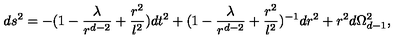
d s ^ { 2 } = - ( 1 - { \frac { \lambda } { r ^ { d - 2 } } } + { \frac { r ^ { 2 } } { l ^ { 2 } } } ) d t ^ { 2 } + ( 1 - { \frac { \lambda } { r ^ { d - 2 } } } + { \frac { r ^ { 2 } } { l ^ { 2 } } } ) ^ { - 1 } d r ^ { 2 } + r ^ { 2 } d \Omega _ { d - 1 } ^ { 2 } ,